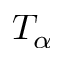
T _ { \alpha }